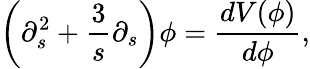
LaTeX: \left(\partial_{s}^{2}+\frac{3}{s}\partial_{s}\right)\phi=\frac{dV(\phi)}{d\phi},